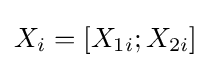
X_{i}=[X_{1i};X_{2i}]